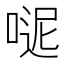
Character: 𠸽